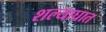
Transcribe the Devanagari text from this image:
शल्याघात